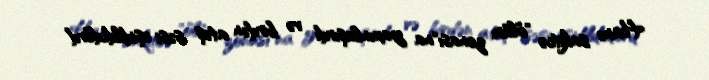
Hamı sakitcə "ölüm zonası"na yaxınlaşırdı və birdən atəş səsi eşidildi,dörd